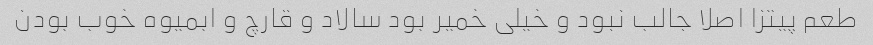
طعم پیتزا اصلا جالب نبود و خیلی خمیر بود سالاد و قارچ و ابمیوه خوب بودن